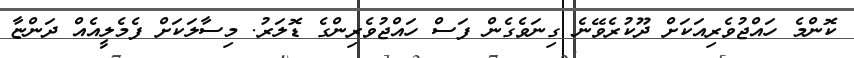
ކޮންމެ ހައްޖުވެރިއަކަށް ދޫކުރެވޭނެ ގިނަވެގެން ފަސް ހައްޖުވެރިންގެ ޑޮލަރު. މިސާލަކަށް ފެމެލީއެއް ދަންޏާ